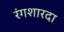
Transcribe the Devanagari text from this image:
रंगशारदा